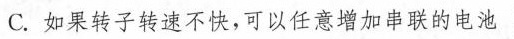
C.如果转子转速不快，可以任意增加串联的电池